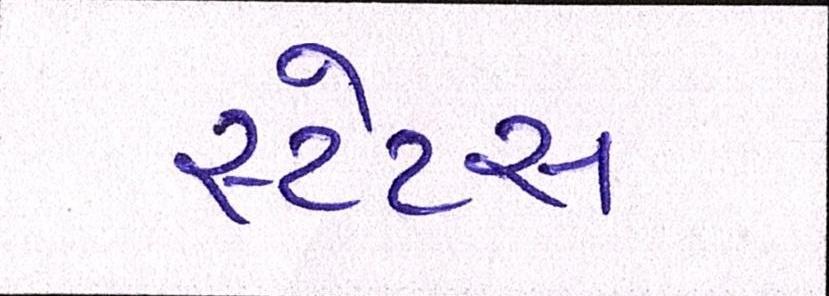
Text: સ્ટેટસ